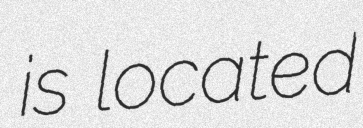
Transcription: is located